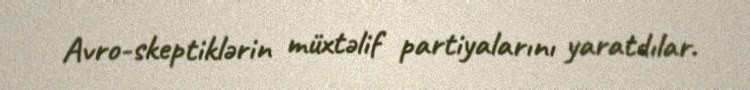
Avro-skeptiklərin müxtəlif partiyalarını yaratdılar.